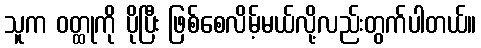
သူက ဝတ္ထုကို ပိုပြီး ဖြစ်စေလိမ့်မယ်လို့လည်းတွက်ပါတယ်။